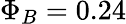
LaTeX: \Phi_{B}=0.24